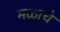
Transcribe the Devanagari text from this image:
मळाचे